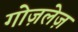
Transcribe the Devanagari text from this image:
गोज़लेज़